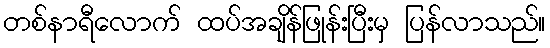
တစ်နာရီလောက် ထပ်အချိန်ဖြုန်းပြီးမှ ပြန်လာသည်။